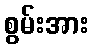
စွမ်းအား